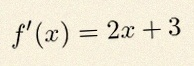
f'(x)=2x+3